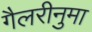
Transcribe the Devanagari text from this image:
गैलरीनुमा